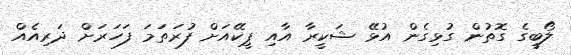
ލޯބީގެ ގޮތުން ގުޅިގެން އުޅޭ ޝަކީރާ އާއި ޕީކޭއަށް ފުރަތަމަ ފަހަރަށް ދަރިއެއް